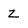
Character: Z